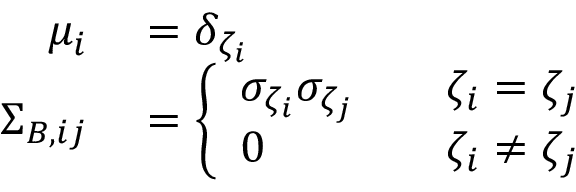
\begin{array} { r l } { \mu _ { i } } & { { } = \delta _ { \zeta _ { i } } } \\ { { \Sigma } _ { B , i j } } & { { } = \left\{ \begin{array} { l l } { \sigma _ { \zeta _ { i } } \sigma _ { \zeta _ { j } } \quad } & { \zeta _ { i } = \zeta _ { j } } \\ { 0 \quad } & { \zeta _ { i } \neq \zeta _ { j } } \end{array} \right. } \end{array}